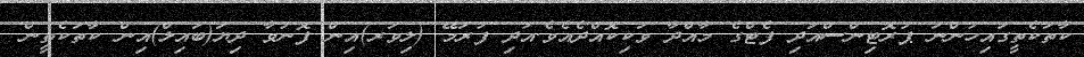
ކާތަކެތީގައިހުންނަ ޕުރޮޓިންސްއަދި ފެޓްގެ މާއްދާ ވަކިކޮއްދެއެވެ.އަދި ފުރަމޭ (ލިވަރ)އިން ފޮނުވާ ދިޔަ(ބައިލް)އިން ކާތަކެތީން